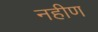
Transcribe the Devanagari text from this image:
नहीण